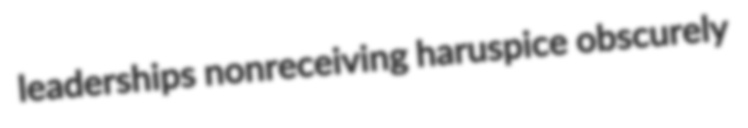
leaderships nonreceiving haruspice obscurely